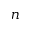
n